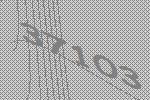
37103